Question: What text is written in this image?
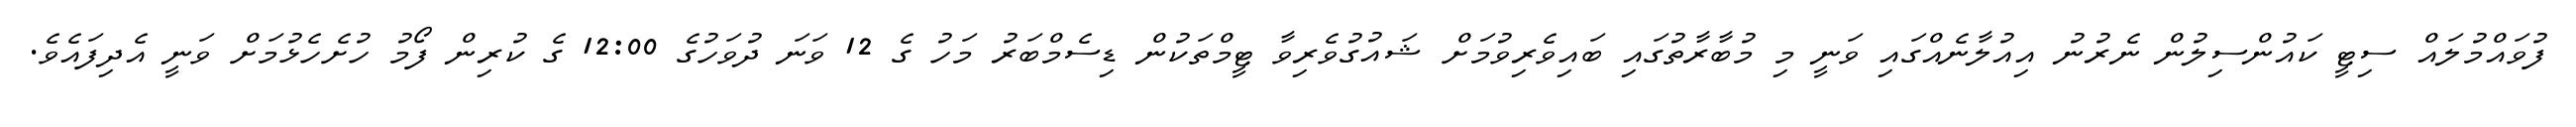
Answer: ފުވައްމުލައް ސިޓީ ކައުންސިލުން ނެރުނު އިއުލާނެއްގައި ވަނީ މި މުބާރާތުގައި ބައިވެރިވުމަށް ޝައުގުވެރިވާ ޓީމްތަކުން ޑިސެމްބަރު މަހު ގެ 12 ވަނަ ދުވަހުގެ 12:00 ގެ ކުރިން ފޯމު ހުށެހެޅުމަށް ވަނީ އެދިފައެވެ.